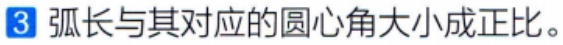
3 弧长与其对应的圆心角大小成正比。